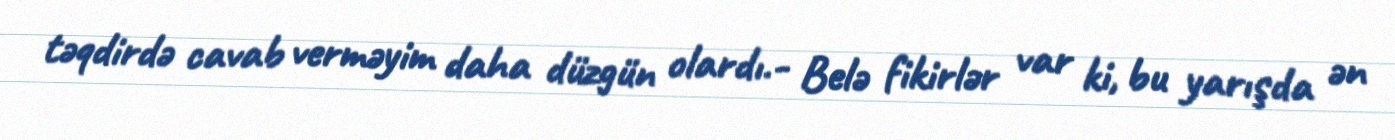
təqdirdə cavab verməyim daha düzgün olardı.- Belə fikirlər var ki, bu yarışda ən